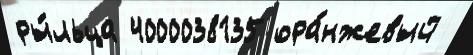
ры́льца 4000038135 ора́нжевый